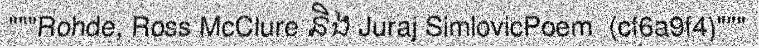
"""Rohde, Ross McClure និង Juraj SimlovicPoem  (cf6a9f4)"""